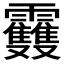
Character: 𩇈